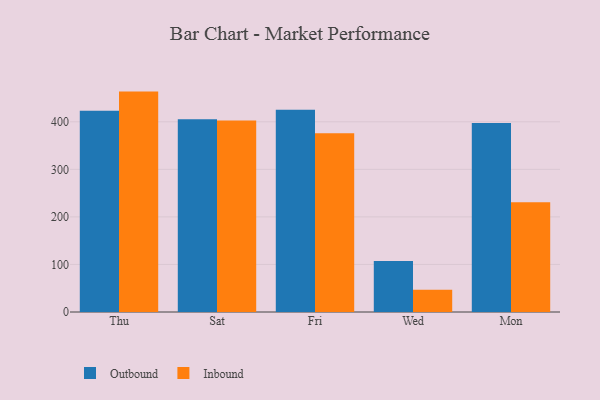
{"axis": {"x": "Day", "y": "Latency (ms)"}, "legend": ["Inbound", "Outbound"], "data": [{"x": "Thu", "y": 423.1, "type": "Outbound"}, {"x": "Thu", "y": 463.5, "type": "Inbound"}, {"x": "Sat", "y": 405.2, "type": "Outbound"}, {"x": "Sat", "y": 402.7, "type": "Inbound"}, {"x": "Fri", "y": 425.2, "type": "Outbound"}, {"x": "Fri", "y": 376.1, "type": "Inbound"}, {"x": "Wed", "y": 107.1, "type": "Outbound"}, {"x": "Wed", "y": 47.0, "type": "Inbound"}, {"x": "Mon", "y": 397.3, "type": "Outbound"}, {"x": "Mon", "y": 230.8, "type": "Inbound"}]}